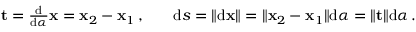
\begin{array} { r l r l } & { \mathbf { t } = \frac { \mathrm { d } } { \mathrm { d } \alpha } \mathbf { x } = \mathbf { x } _ { 2 } - \mathbf { x } _ { 1 } \, , } & & { \mathrm { d } s = \| \mathrm { d } \mathbf { x } \| = \| \mathbf { x } _ { 2 } - \mathbf { x } _ { 1 } \| \mathrm { d } \alpha = \| \mathbf { t } \| \mathrm { d } \alpha \, . } \end{array}